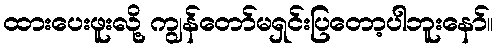
ထားပေးဖူးလို့ ကျွန်တော်မရှင်းပြတော့ပါဘူးနော်။